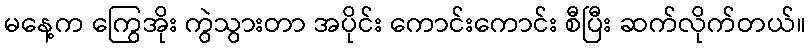
မနေ့က ကြွေအိုး ကွဲသွားတာ အပိုင်း ကောင်းကောင်း စီပြီး ဆက်လိုက်တယ်။